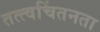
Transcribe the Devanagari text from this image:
तत्त्वचिंतनता